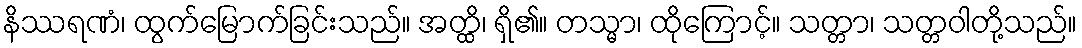
နိဿရဏံ၊ ထွက်မြောက်ခြင်းသည်။ အတ္ထိ၊ ရှိ၏။ တသ္မာ၊ ထိုကြောင့်။ သတ္တာ၊ သတ္တဝါတို့သည်။